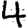
Digit: 4